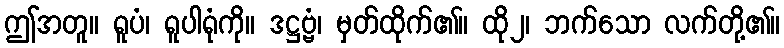
ဤအတူ။ ရူပံ၊ ရူပါရုံကို။ ဒဋ္ဌဗ္ဗံ၊ မှတ်ထိုက်၏။ ထို၂၊ ဘက်သော လက်တို့၏။